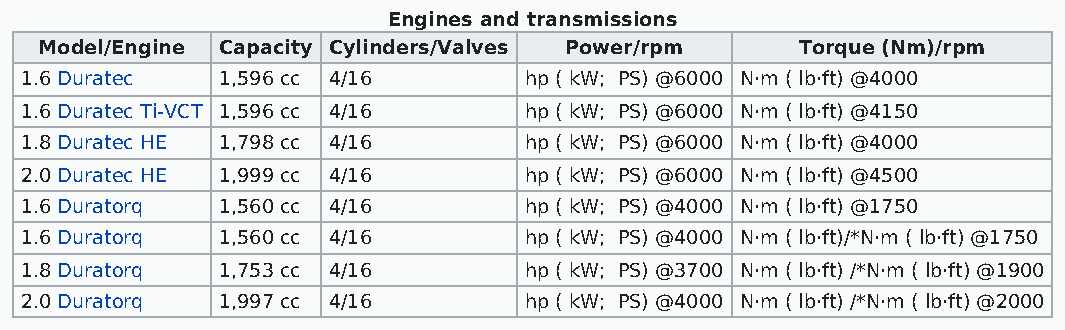
Engines and transmissions
 Model/Engine Capacity Cylinders/Valves Power/rpm  Torque (Nm)/rpm
 1.6 Duratec  1,596 cc 4/16        hp ( kW; PS) @6000 N·m ( lb·ft) @4000
 1.6 Duratec Ti-VCT 1,596 cc 4/16  hp ( kW; PS) @6000 N·m ( lb·ft) @4150
 1.8 Duratec HE 1,798 cc 4/16      hp ( kW; PS) @6000 N·m ( lb·ft) @4000
 2.0 Duratec HE 1,999 cc 4/16      hp ( kW; PS) @6000 N·m ( lb·ft) @4500
 1.6 Duratorq 1,560 cc 4/16        hp ( kW; PS) @4000 N·m ( lb·ft) @1750
 1.6 Duratorq 1,560 cc 4/16        hp ( kW; PS) @4000 N·m ( lb·ft)/*N·m ( lb·ft) @1750
 1.8 Duratorq 1,753 cc 4/16        hp ( kW; PS) @3700 N·m ( lb·ft) /*N·m ( lb·ft) @1900
 2.0 Duratorq 1,997 cc 4/16        hp ( kW; PS) @4000 N·m ( lb·ft) /*N·m ( lb·ft) @2000